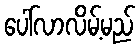
ပေါ်လာလိမ့်မည်